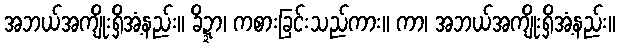
အဘယ်အကျိုးရှိအံ့နည်း။ ခိဍ္ဍာ၊ ကစားခြင်းသည်ကား။ ကာ၊ အဘယ်အကျိုးရှိအံ့နည်း။